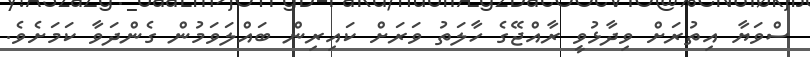
ސްވަޔާ އިތުރަށް ވިދާޅުވީ ރާއްޖޭގެ ހާލަތު ވަރަށް ކައިރިން ބައްލަވަމުން ގެންދަވާ ކަމަށެވެ.